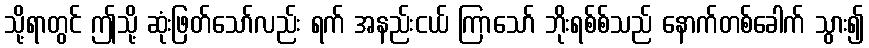
သို့ရာတွင် ဤသို့ ဆုံးဖြတ်သော်လည်း ရက် အနည်းငယ် ကြာသော် ဘိုးရစ်စ်သည် နောက်တစ်ခေါက် သွား၍